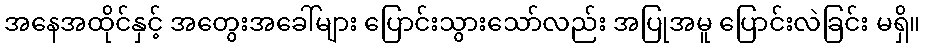
အနေအထိုင်နှင့် အတွေးအခေါ်များ ပြောင်းသွားသော်လည်း အပြုအမူ ပြောင်းလဲခြင်း မရှိ။